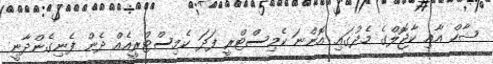
ޝާހް އާއި ކާޖޮލްގެ މެދުގައި އޮންނަ ކެމިސްޓްރީ ފަދަ ކެމިސްޓްރީއެއް ދެން ފެނިގެންދާނީ